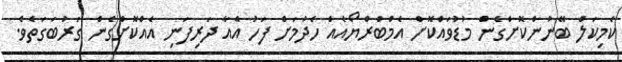
ކެމިކަލް ބޭނުންކޮށްގެން މުޑުވައްކޮށް އެމްބްރްޔޯއެއް ހެދުމަށް ފަހު އެއާ ދަރިފަނި އެއްކޮށްގެން ގަރުބަގަތެވެ.